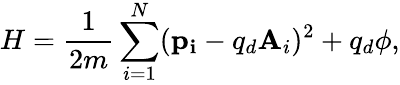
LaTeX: H=\frac{1}{2m}\sum_{i=1}^{N}(\mathbf{p_{i}}-q_{d}\mathbf{A}_{i})^{2}+q_{d}\phi,